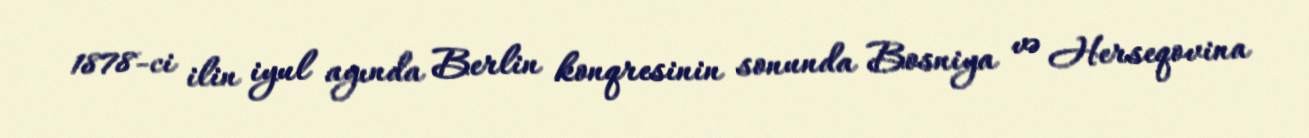
1878-ci ilin iyul ayında Berlin konqresinin sonunda Bosniya və Herseqovina